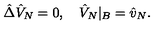
\hat { \Delta } { \hat { V } _ { N } } = 0 , \quad { \hat { V } _ { N } } { | _ { B } } = { \hat { v } _ { N } } .